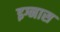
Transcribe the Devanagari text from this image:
इग्नास